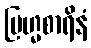
ဗြဟ္မစာရိနံ